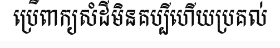
ប្រើពាក្យសំដីមិនគប្បីហើយប្រគល់